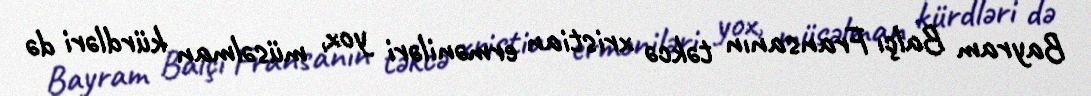
Bayram Balçı Fransanın təkcə xristian erməniləri yox, müsəlman kürdləri də